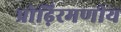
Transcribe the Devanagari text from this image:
प्रोढ़िरमणीय